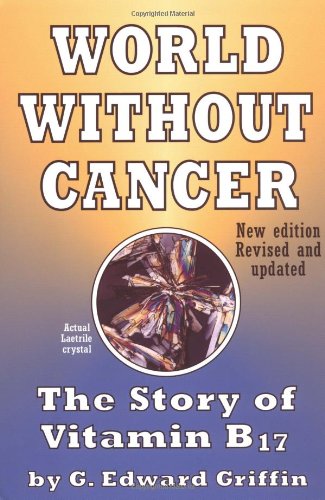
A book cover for World Without Cancer: The Story of Vitamin B17; G. Edward Griffin; Medical Books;